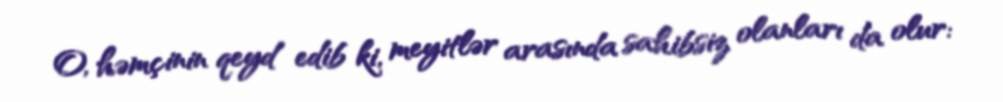
O, həmçinin qeyd edib ki, meyitlər arasında sahibsiz olanları da olur: